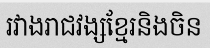
រវាងរាជវង្សខ្មែរនិងចិន